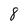
Character: 8